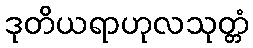
ဒုတိယရာဟုလသုတ္တံ